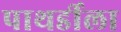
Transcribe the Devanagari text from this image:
पाथर्डीला